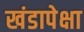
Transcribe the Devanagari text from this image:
खंडापेक्षा